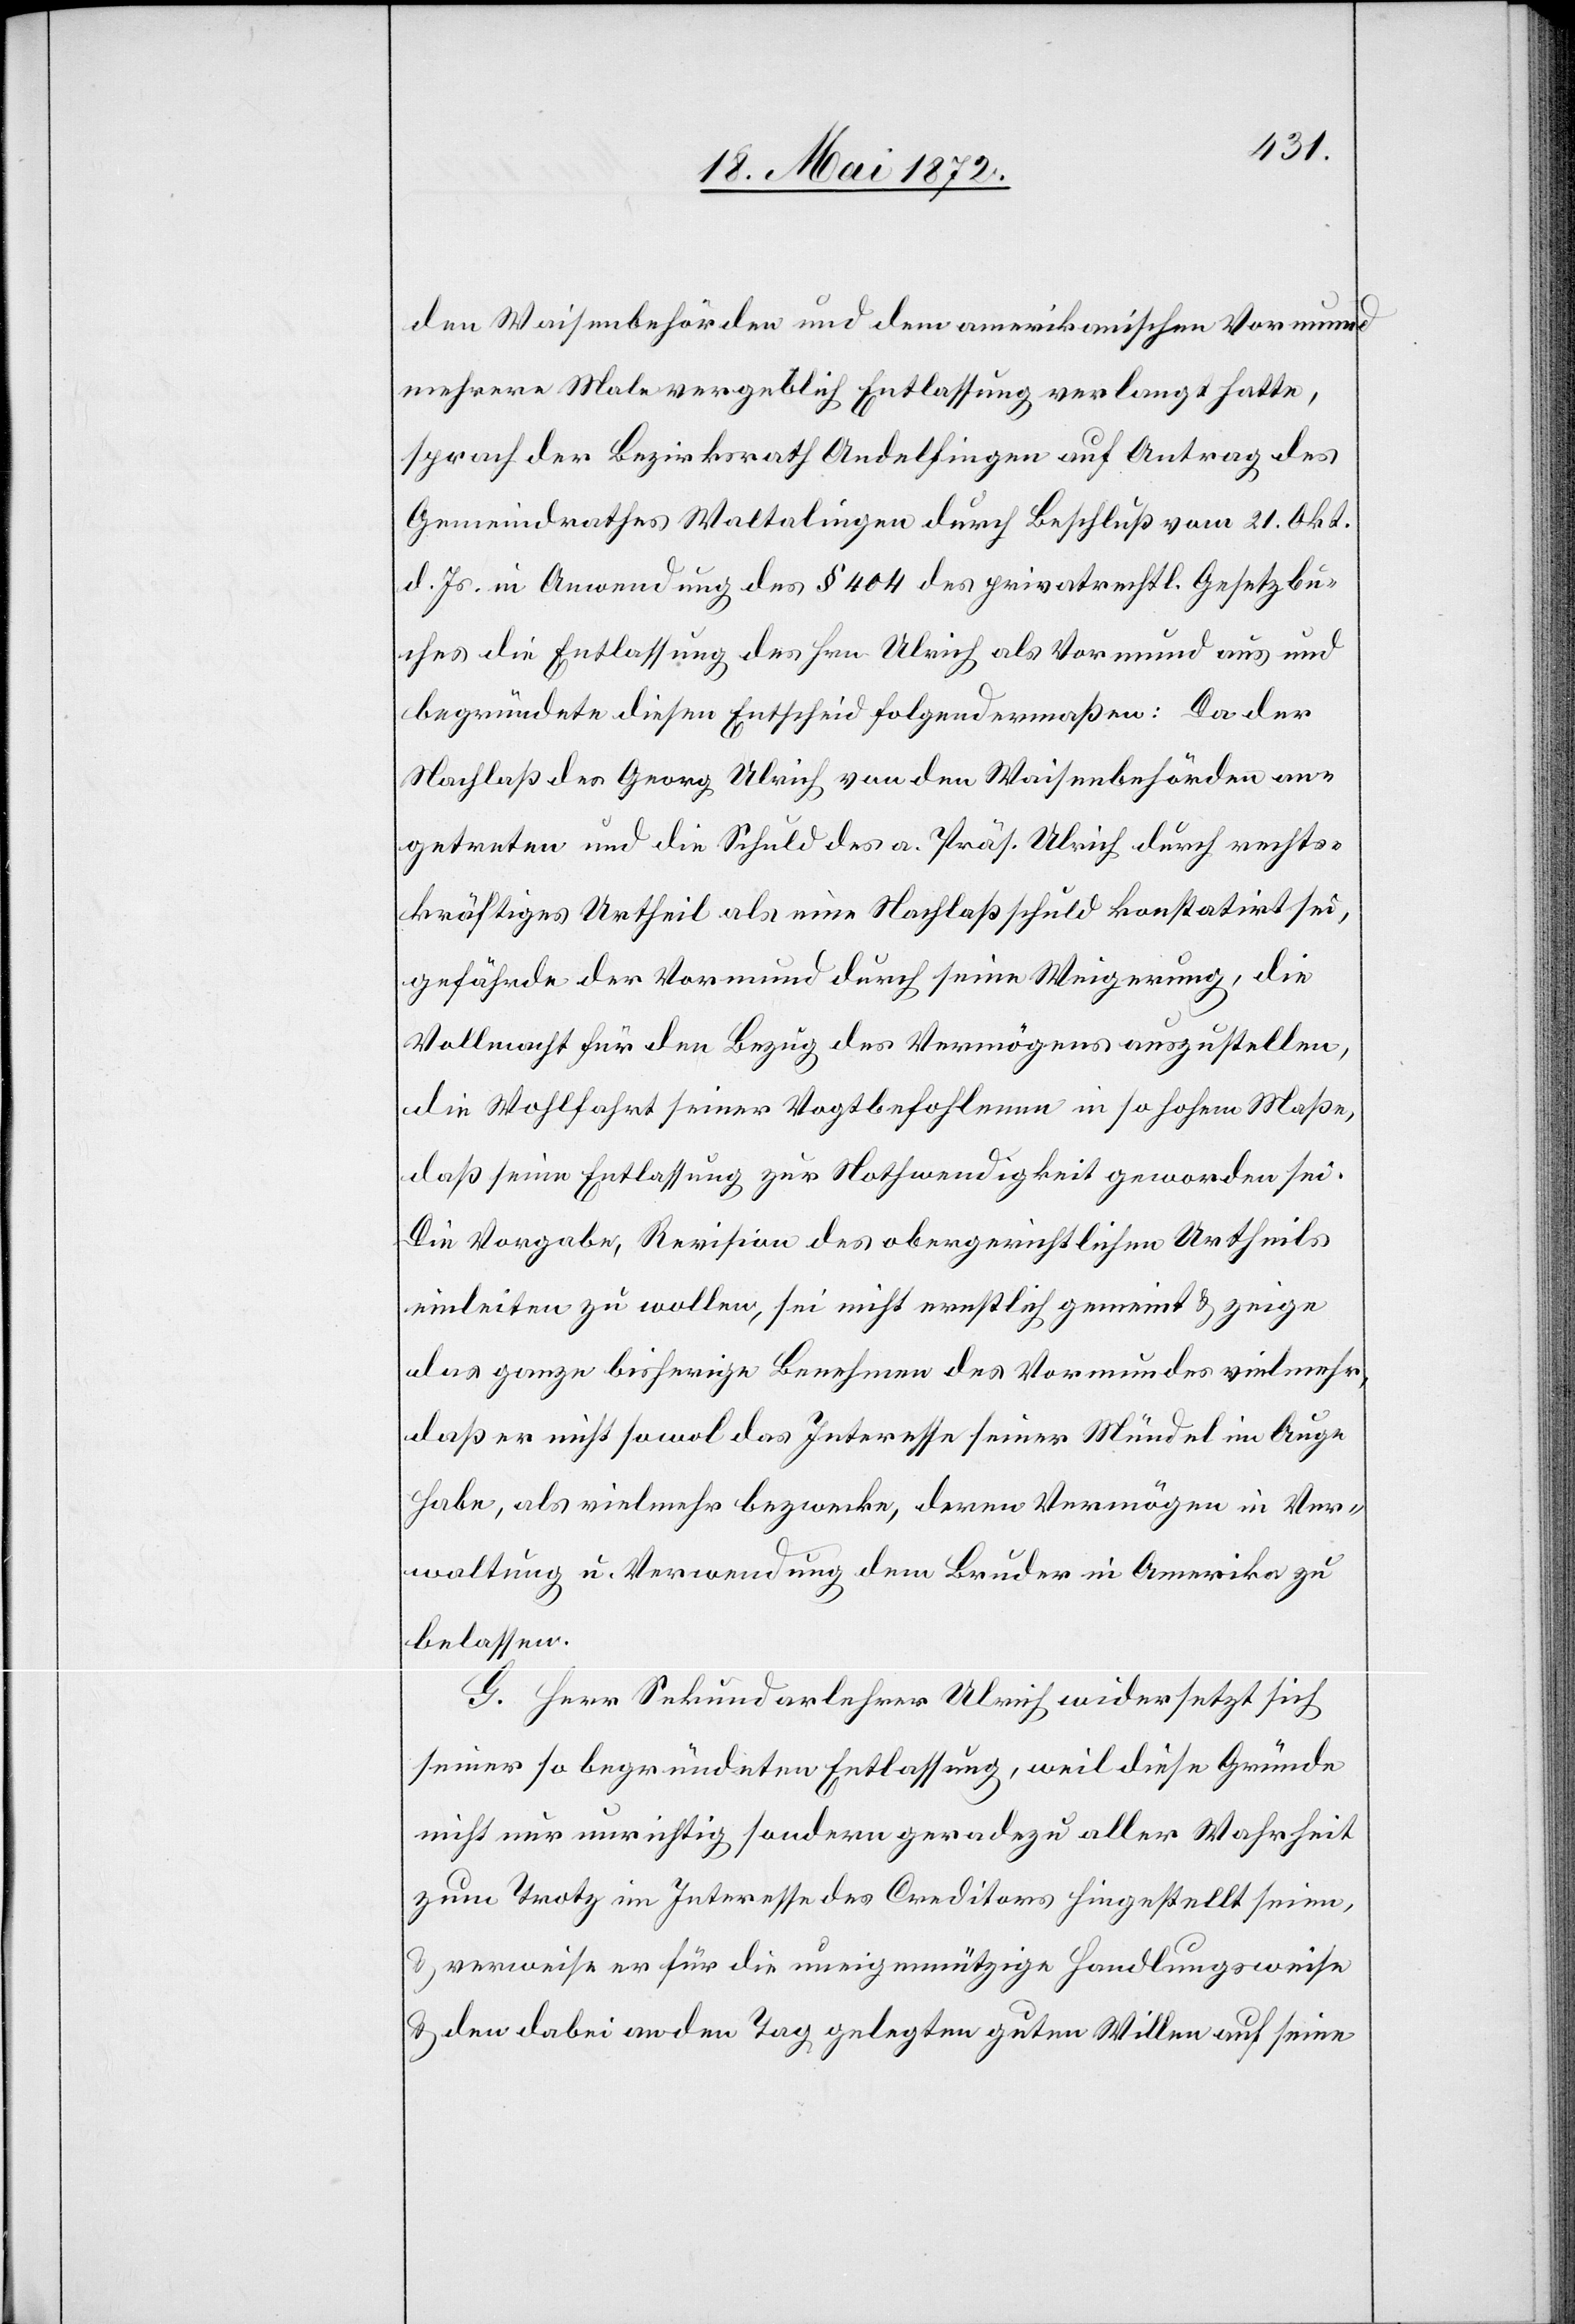
den Waisenbehörden und dem amerikanischen Vormund
mehrere Male vergeblich Entlassung verlangt hatte,
sprach der Bezirksrath Andelfingen auf Antrag des
Gemeindrathes Waltalingen durch Beschluß vom 21. Okt.
d. Js. in Anwendung des § 404 des privatrechtl. Gesetzbu¬
ches die Entlassung des Hrn. Ulrich als Vormund aus und
begründete diesen Entscheid folgendermaßen: Da der
Nachlaß des Georg Ulrich von den Waisenbehörden an¬
getreten und die Schuld des a. Präs. Ulrich durch rechts¬
kräftiges Urtheil als eine Nachlaßschuld konstatirt sei,
gefährde der Vormund durch seine Weigerung, die
Vollmacht für den Bezug des Vermögens auszustellen,
die Wohlfahrt seiner Vogtbefohlenen in so hohem Maße,
daß seine Entlassung zur Nothwendigkeit geworden sei.
Die Vorgabe, Revision des obergerichtlichen Urtheils
einleiten zu wollen, sei nicht ernstlich gemeint u. zeige
das ganze bisherige Berechnen des Vormundes vielmehr,
daß er nicht sowol das Interesse seiner Mündel im Auge
habe, als vielmehr bezwecke, deren Vermögen in Ver¬
waltung u. Verwendung dem Bruder in Amerika zu
belassen.
G. Herr Sekundarlehrer Ulrich widersetzt sich
seiner so begründeten Entlassung, weil diese Gründe
nicht nur unrichtig, sondern geradezu aller Wahrheit
zum Trotz im Interesse des Creditors hingestellt seien,
u. verweise er für die uneigennützige Handlungsweise
u. den dabei an den Tag gelegten guten Willen auf seine